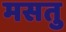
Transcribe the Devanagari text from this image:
मसतु